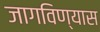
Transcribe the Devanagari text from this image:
जागविण्यास